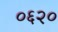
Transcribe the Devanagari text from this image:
०६२०